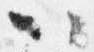
以